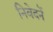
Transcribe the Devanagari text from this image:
निवेदनें